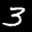
Label: 3